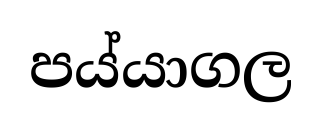
පය්යාගල